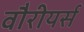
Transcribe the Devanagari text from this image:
वौरीयर्स